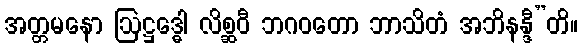
အတ္တမနော ဩဋ္ဌဒ္ဓေါ လိစ္ဆဝီ ဘဂဝတော ဘာသိတံ အဘိနန္ဒီ”တိ။